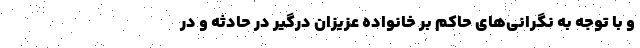
و با توجه به نگرانی‌های حاکم بر خانواده عزیزان درگیر در حادثه و در